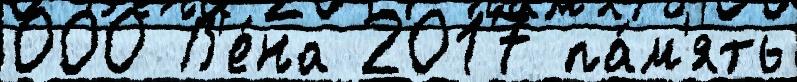
000 В'е́на 2017 па́м'ять